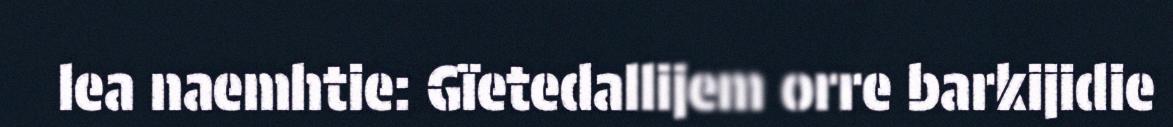
lea naemhtie: Gïetedallijem orre barkijidie